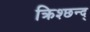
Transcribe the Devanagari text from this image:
क्रिश्छन्द्